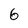
Character: 6